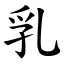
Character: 乳